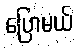
ပြောမယ်